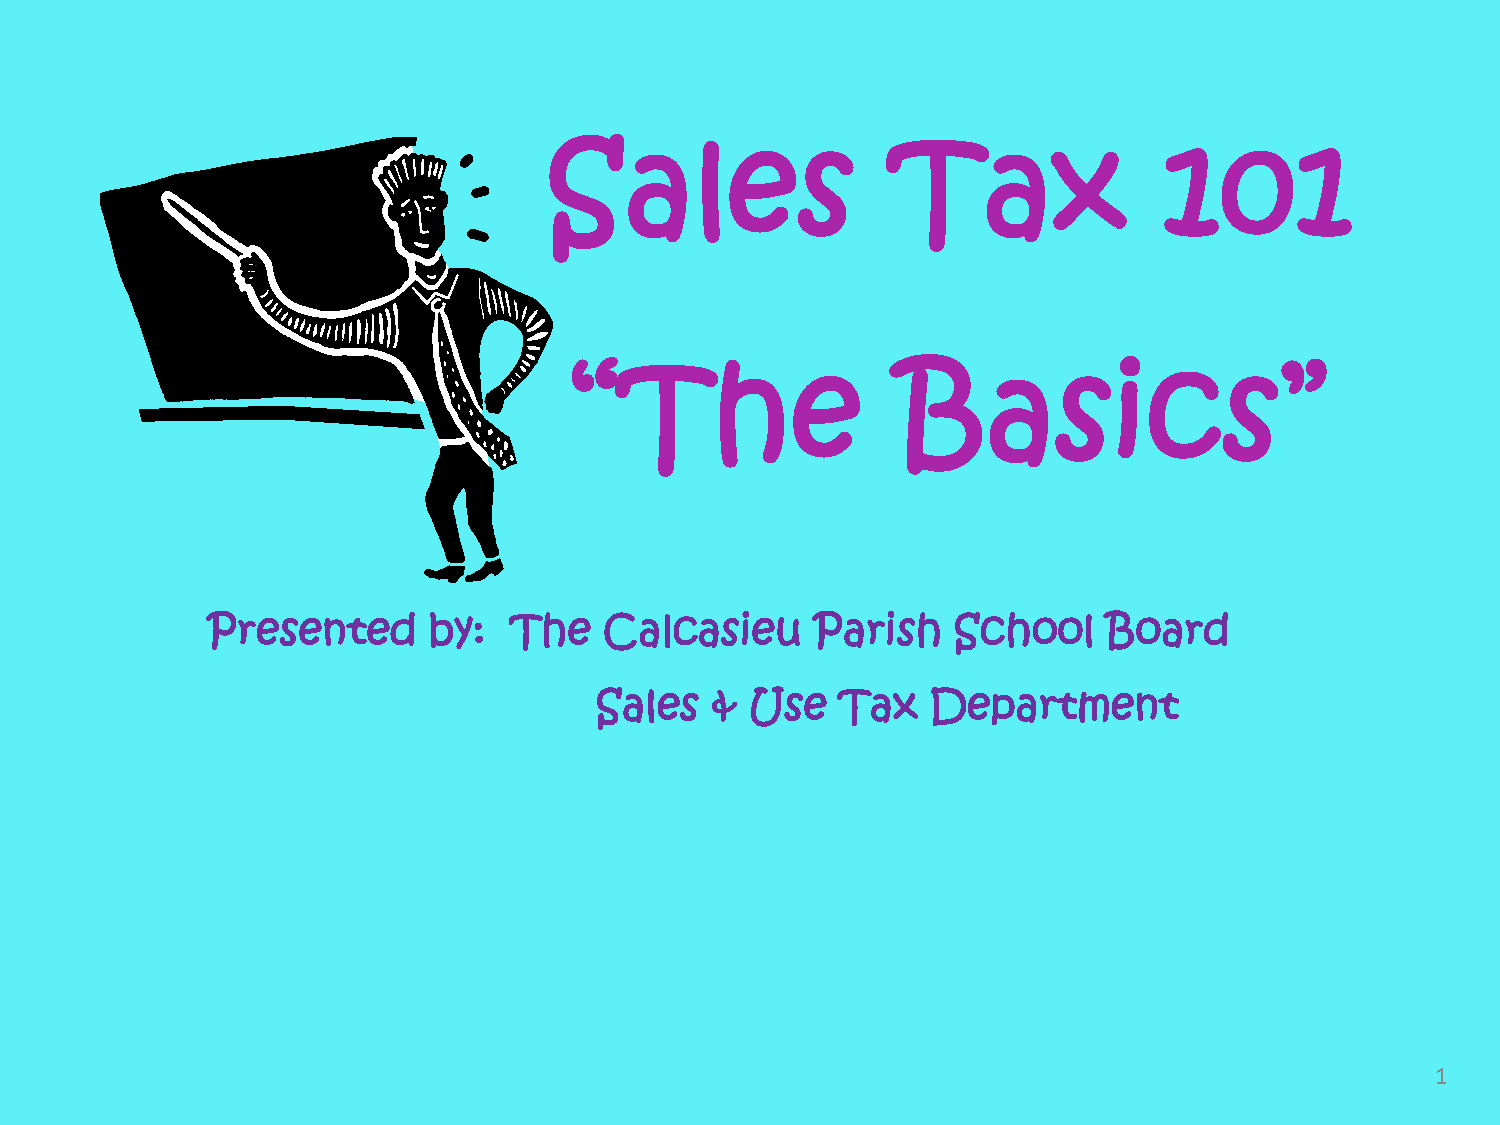
Sales                  Tax               101
 “The                 Basics”
 Presented     by:   The   Calcasieu     Parish   School    Board
 Sales   &  Use   Tax   Department
 1